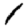
Digit: 1